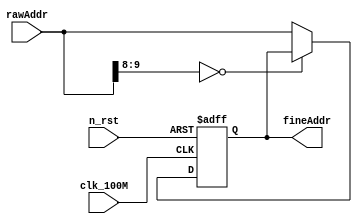
module ShiftWindowFilter(input clk_100M, input n_rst, input [9:0] rawAddr, output reg [9:0] fineAddr);

always@(posedge clk_100M or negedge n_rst)
begin
	if(!n_rst)
	begin
		fineAddr[9:0] = 10'd1;
	end
	else
	begin
		if(rawAddr[9:8] == 2'd0)
		begin
			fineAddr[9:0] = fineAddr[9:0];
		end
		else
		begin
			fineAddr[9:0] = rawAddr[9:0];
		end
	end
end

endmodule